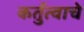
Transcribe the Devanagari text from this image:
कर्तुत्वाचे